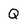
Character: Q